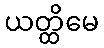
ယတ္ထိမေ